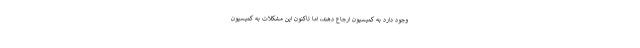
وجود دارد به کمیسیون ارجاع دهند، اما تاکنون این مشکلات به کمیسیون